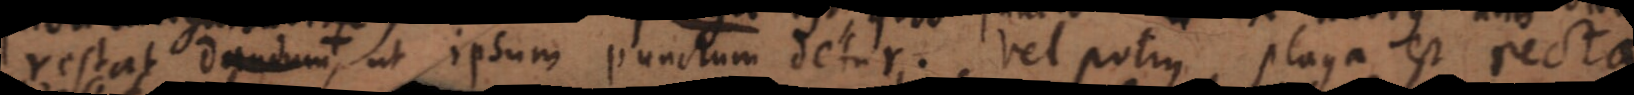
restat dandum,, ut ipsum punctum detur. Vel potius plaga est recta